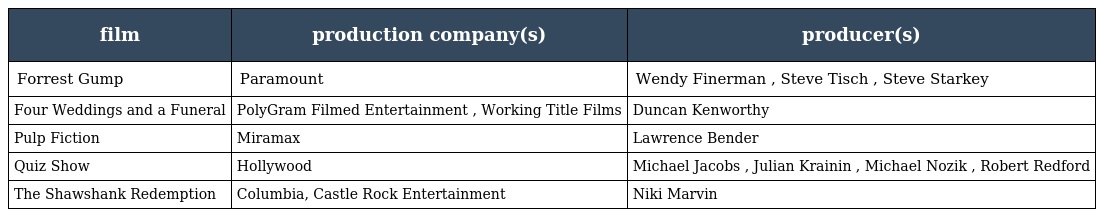
| film | production company(s) | producer(s) |
 | --- | --- | --- |
 | Forrest Gump | Paramount | Wendy Finerman , Steve Tisch , Steve Starkey |
 | Four Weddings and a Funeral | PolyGram Filmed Entertainment , Working Title Films | Duncan Kenworthy |
 | Pulp Fiction | Miramax | Lawrence Bender |
 | Quiz Show | Hollywood | Michael Jacobs , Julian Krainin , Michael Nozik , Robert Redford |
 | The Shawshank Redemption | Columbia, Castle Rock Entertainment | Niki Marvin |